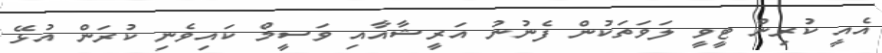
އެއީ ކުރިން ޓީވީ ލަވަތަކުން ފެނުނު އަރީޝާއާއި ވަސީމް ކައިވެނި ކުރަން އުޅޭ